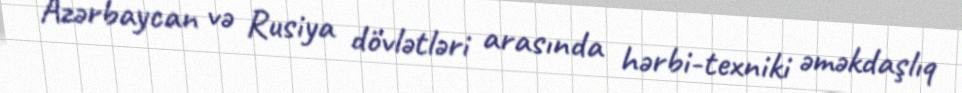
Azərbaycan və Rusiya dövlətləri arasında hərbi-texniki əməkdaşlıq